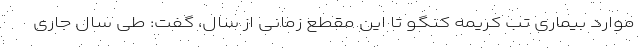
موارد بیماری تب کریمه کنگو تا این مقطع زمانی از سال، گفت: طی سال جاری